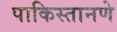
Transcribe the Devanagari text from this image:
पाकिस्तानणे